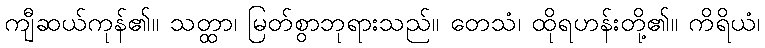
ကျီဆယ်ကုန်၏။ သတ္ထာ၊ မြတ်စွာဘုရားသည်။ တေသံ၊ ထိုရဟန်းတို့၏။ ကိရိယံ၊